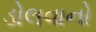
ડોલવાનો